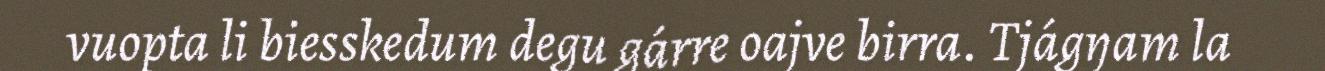
vuopta li biesskedum degu gárre oajve birra. Tjágŋam la